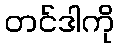
တင်ဒါကို